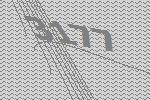
3177